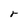
Character: r